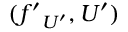
( { f ^ { \prime } } _ { U ^ { \prime } } , U ^ { \prime } )